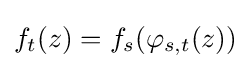
\displaystyle {f_{t}(z)=f_{s}(\varphi _{s,t}(z))}